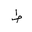
Letter: _da